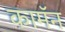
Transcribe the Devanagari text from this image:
कामॅन